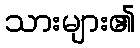
သားများ၏